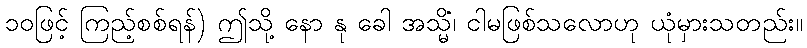
၁၀ဖြင့် ကြည့်စစ်ရန်) ဤသို့ နော နု ခေါ အသ္မိံ၊ ငါမဖြစ်သလောဟု ယုံမှားသတည်း။